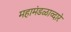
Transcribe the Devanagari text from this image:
महामंडळाव्दारे